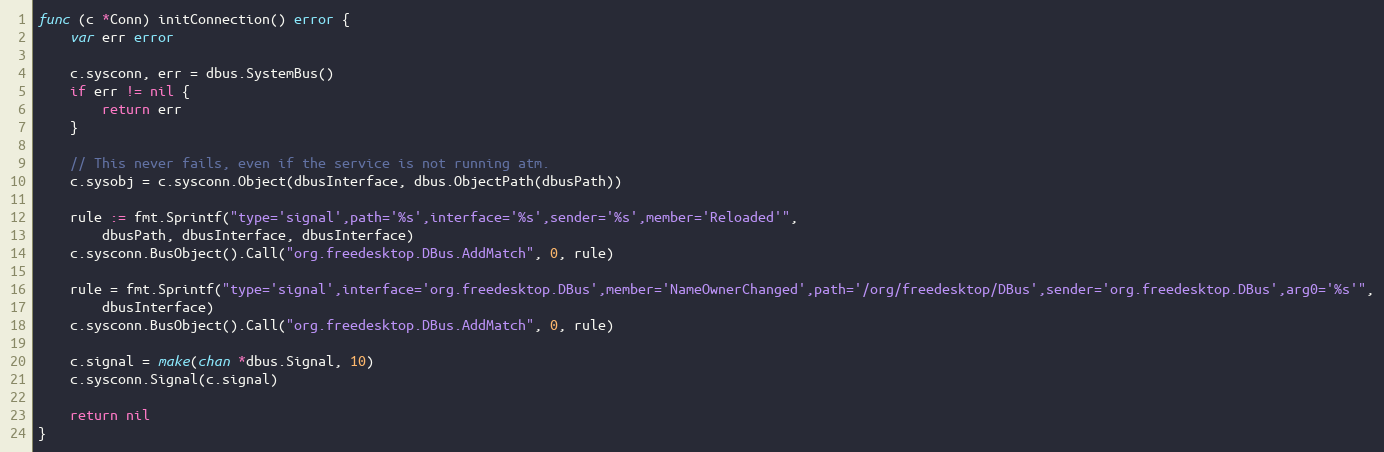
Language: Go
func (c *Conn) initConnection() error {
	var err error

	c.sysconn, err = dbus.SystemBus()
	if err != nil {
		return err
	}

	// This never fails, even if the service is not running atm.
	c.sysobj = c.sysconn.Object(dbusInterface, dbus.ObjectPath(dbusPath))

	rule := fmt.Sprintf("type='signal',path='%s',interface='%s',sender='%s',member='Reloaded'",
		dbusPath, dbusInterface, dbusInterface)
	c.sysconn.BusObject().Call("org.freedesktop.DBus.AddMatch", 0, rule)

	rule = fmt.Sprintf("type='signal',interface='org.freedesktop.DBus',member='NameOwnerChanged',path='/org/freedesktop/DBus',sender='org.freedesktop.DBus',arg0='%s'",
		dbusInterface)
	c.sysconn.BusObject().Call("org.freedesktop.DBus.AddMatch", 0, rule)

	c.signal = make(chan *dbus.Signal, 10)
	c.sysconn.Signal(c.signal)

	return nil
}